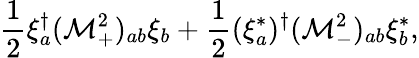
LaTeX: {\frac{1}{2}}\xi_{a}^{\dagger}({\cal M}_{+}^{2})_{ab}\xi_{b}+{\frac{1}{2}}(\xi_{a}^{*})^{\dagger}({\cal M}_{-}^{2})_{ab}\xi_{b}^{*},